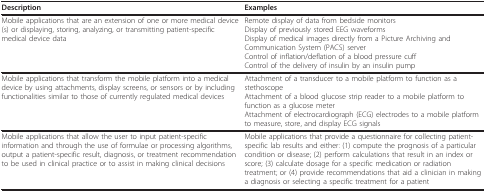
<table><thead><tr><td><b>Description</b></td><td><b>Examples</b></td></tr></thead><tbody><tr><td>Mobile applications that are an extension of one or more medical device(s) or displaying, storing, analyzing, or transmitting patient-specific medical device data</td><td>Remote display of data from bedside monitorsDisplay of previously stored EEG waveformsDisplay of medical images directly from a Picture Archiving and Communication System (PACS) serverControl of inflation/deflation of a blood pressure cuffControl of the delivery of insulin by an insulin pump</td></tr><tr><td>Mobile applications that transform the mobile platform into a medical device by using attachments, display screens, or sensors or by including functionalities similar to those of currently regulated medical devices</td><td>Attachment of a transducer to a mobile platform to function as a stethoscopeAttachment of a blood glucose strip reader to a mobile platform to function as a glucose meterAttachment of electrocardiograph (ECG) electrodes to a mobile platform to measure, store, and display ECG signals</td></tr><tr><td>Mobile applications that allow the user to input patient-specific information and through the use of formulae or processing algorithms, output a patient-specific result, diagnosis, or treatment recommendation to be used in clinical practice or to assist in making clinical decisions</td><td>Mobile applications that provide a questionnaire for collecting patient-specific lab results and either: (1) compute the prognosis of a particular condition or disease; (2) perform calculations that result in an index or score; (3) calculate dosage for a specific medication or radiation treatment; or (4) provide recommendations that aid a clinician in making a diagnosis or selecting a specific treatment for a patient</td></tr></tbody></table>